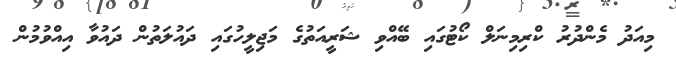
މިއަދު މެންދުރު ކްރިމިނަލް ކޯޓުގައި ބޭއްވި ޝަރީއަތުގެ މަޖިލީހުގައި ދައުލަތުން ދައުވާ އިއްވުމުން